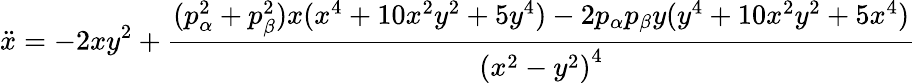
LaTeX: \ddot{x}=-2xy^{2}+{\frac{(p_{\alpha}^{2}+p_{\beta}^{2})x(x^{4}+10x^{2}y^{2}+5y^{4})-2p_{\alpha}p_{\beta}y(y^{4}+10x^{2}y^{2}+5x^{4})}{\left(x^{2}-y^{2}\right)^{4}}}